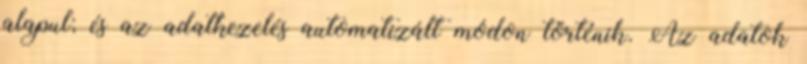
alapul; és az adatkezelés automatizált módon történik. Az adatok